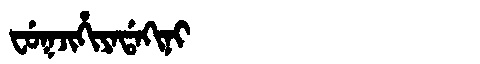
Manchu: ᠸᡠᡴᠵᡳᡥᡳᠶᠠᡩᠠᡴᡳᠨᡳ
Romanization: FUKJIHIYADAKINI